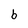
Character: b